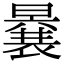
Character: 𭧽